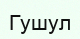
Гушул